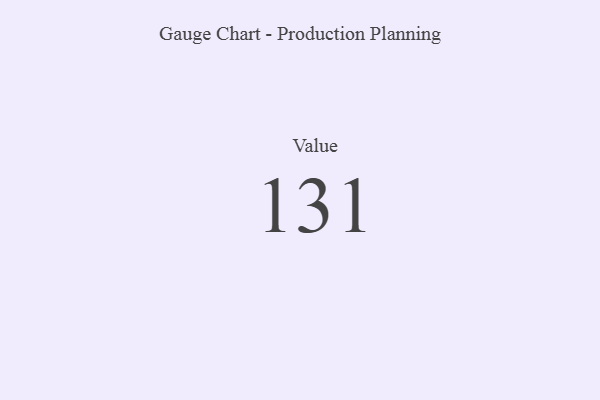
{"axis": {"x": "Metric", "y": "Value"}, "legend": [""], "data": [{"x": "Value", "y": 131, "type": ""}]}